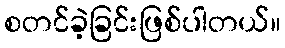
စတင်ခဲ့ခြင်းဖြစ်ပါတယ်။